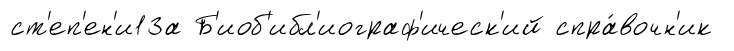
ст'еп'ен'и1За Б'иоб'ибл'иограф'ическ'ий спра́вочн'ик